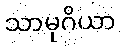
သာမုဂိယာ